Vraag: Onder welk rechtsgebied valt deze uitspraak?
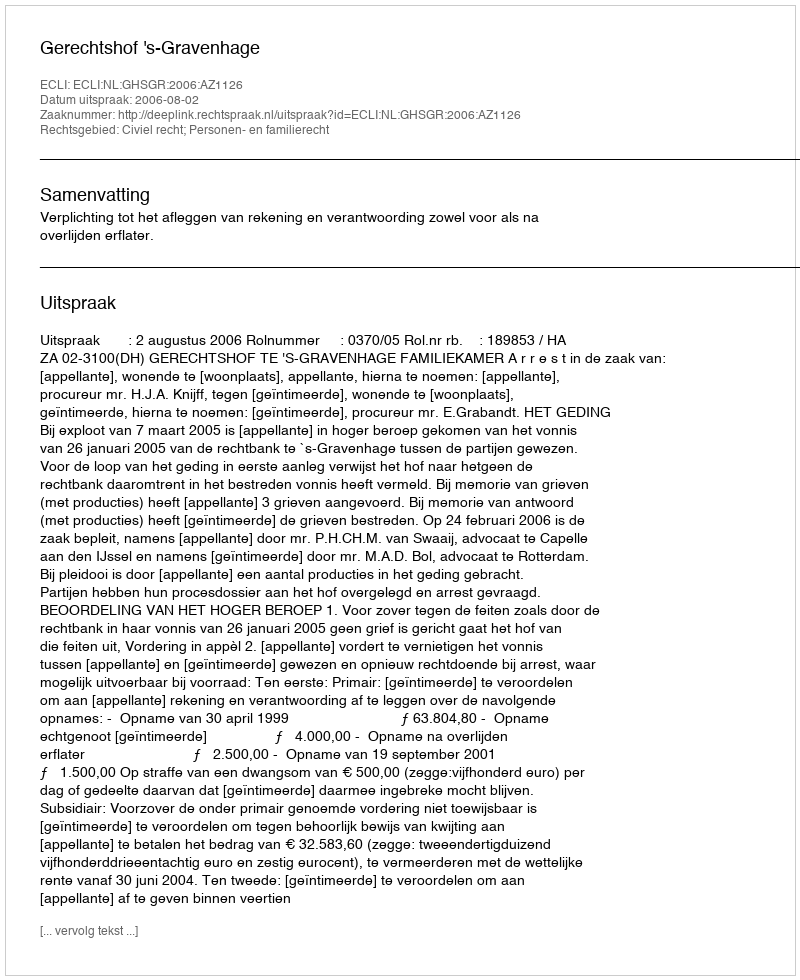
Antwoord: Civiel recht; Personen- en familierecht